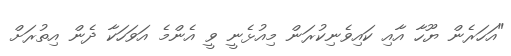
"އަހަރެން ޔޫހާ އާއި ކައިވެނިކުރަން މިއުޅެނީ ވީ އެންމެ އަވަހަކާ ދެން އިތުރަށް